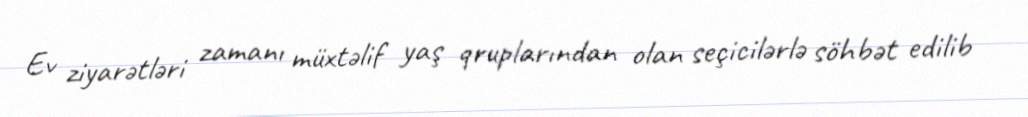
Ev ziyarətləri zamanı müxtəlif yaş qruplarından olan seçicilərlə söhbət edilib